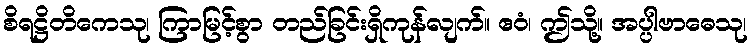
စိရဋ္ဌိတိကေသု၊ ကြာမြင့်စွာ တည်ခြင်းရှိကုန်လျက်။ ဧဝံ၊ ဤသို့။ အပ္ပါဗာဓေသု၊